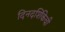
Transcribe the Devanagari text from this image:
दिनदर्शिकेची